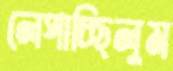
লেপাচ্ছিলুম